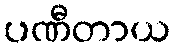
ပဏီတာယ